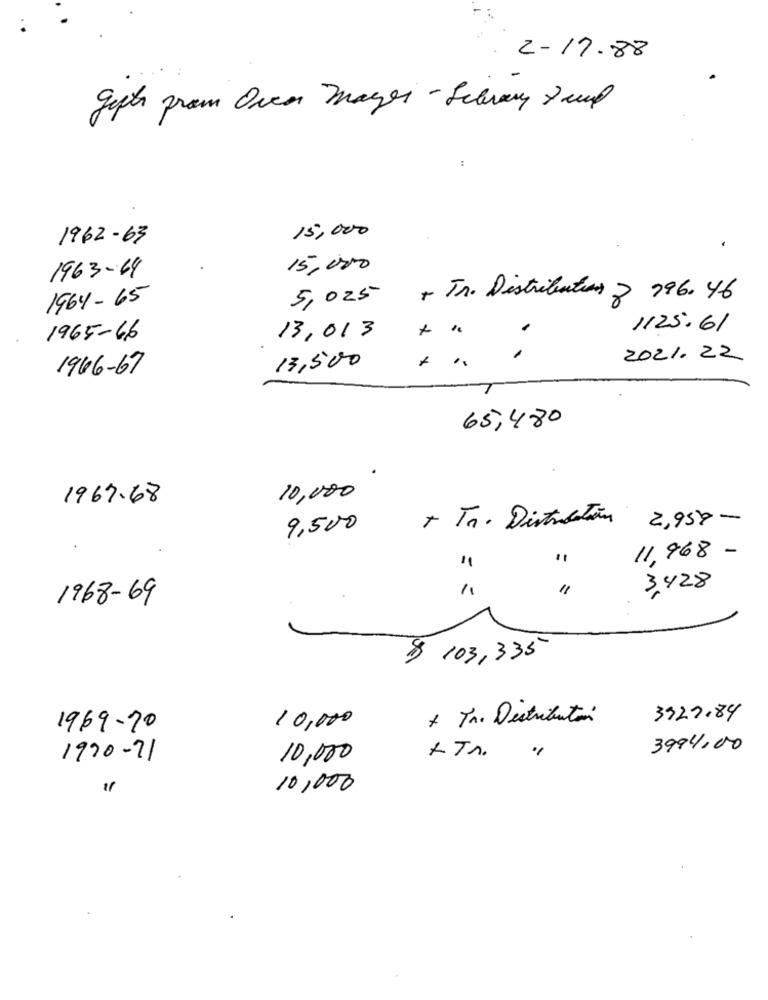
2-17.88
get from Oven Magen - Schwang 7 ml
:
15,000
1962-63
1963-64
15,000
1964-65
5, 025
+ Tr. Distributions 2 196.46
13,013
1125.61
1965 - 6
13,500
2021. 22
1966-67
65,480
10,000
1967.68
+ Tr. Distrolation
2,959-
9,500
11,968 -
11
3,428
1968-69
$ 103,335
10,000
+ Tr. Distribution
3927.84
1969.70
3994,00
1990-71
10,000
+ Tr.
10,000